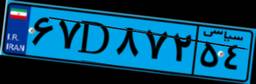
۶۷D۸۷۲۵۴